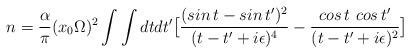
LaTeX: \begin{align*}n={\alpha\over \pi} (x_0 \Omega)^2 \int \int dtdt'\bigl[{(sin\,t-sin\,t')^2\over (t-t'+i\epsilon )^4} -{cos\,t~cos\,t'\over (t-t' +i\epsilon)^2} \bigr]\end{align*}